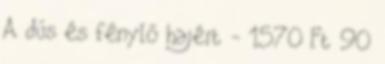
A dús és fénylő hajért - 1570 Ft 90